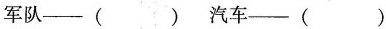
军队—( ) 汽车—( )